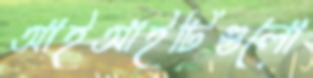
আইআইটিগুলো